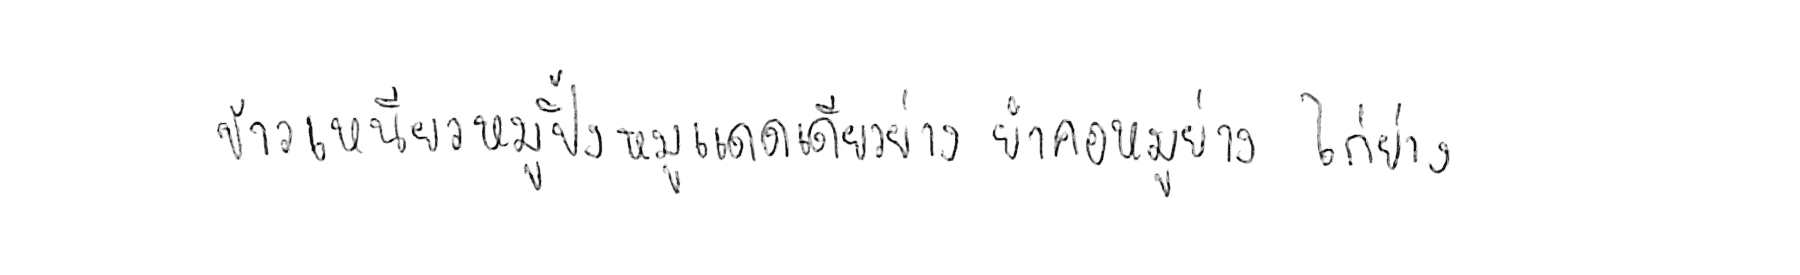
ข้าวเหนียวหมูปิ้ง หมูแดดเดียวย่าง ยำคอหมูย่าง ไก่ย่าง